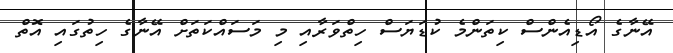
އޭނާގެ އޯޑިއެންސް ކިތަންމެ ކުޑަޔަސް ހިތްވަރާއި މި މަސައްކަތަށް އޭނާގެ ހިތުގައި އޮތް